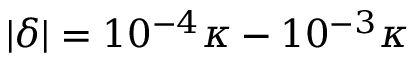
| \delta | = 1 0 ^ { - 4 } \kappa - 1 0 ^ { - 3 } \kappa